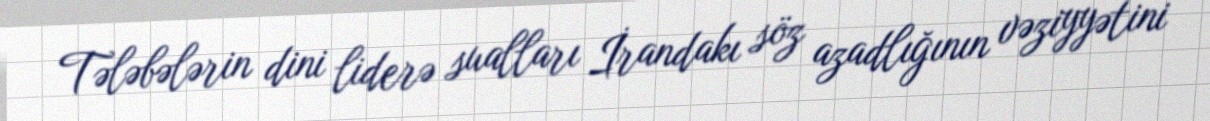
Tələbələrin dini liderə sualları İrandakı söz azadlığının vəziyyətini